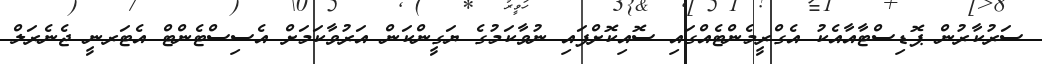
ސަރުކާރުން ޕޮޑިސްޓާއާއެކު އެގްރީމެންޓެއްގައި ސޮއިކޮށްފައި ނުވާކަމުގެ ޔަގީންކަން އަރުވާކަމަށް އެސިސްޓެންޓް އެޓަރނީ ޖެނެރަލް